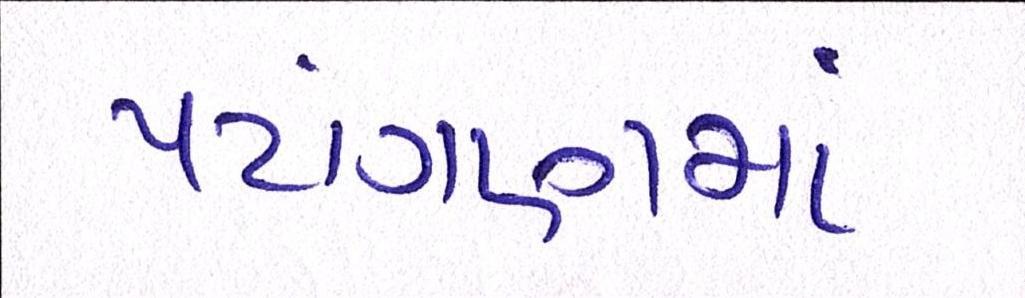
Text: પટાંગણમાં